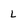
Character: L